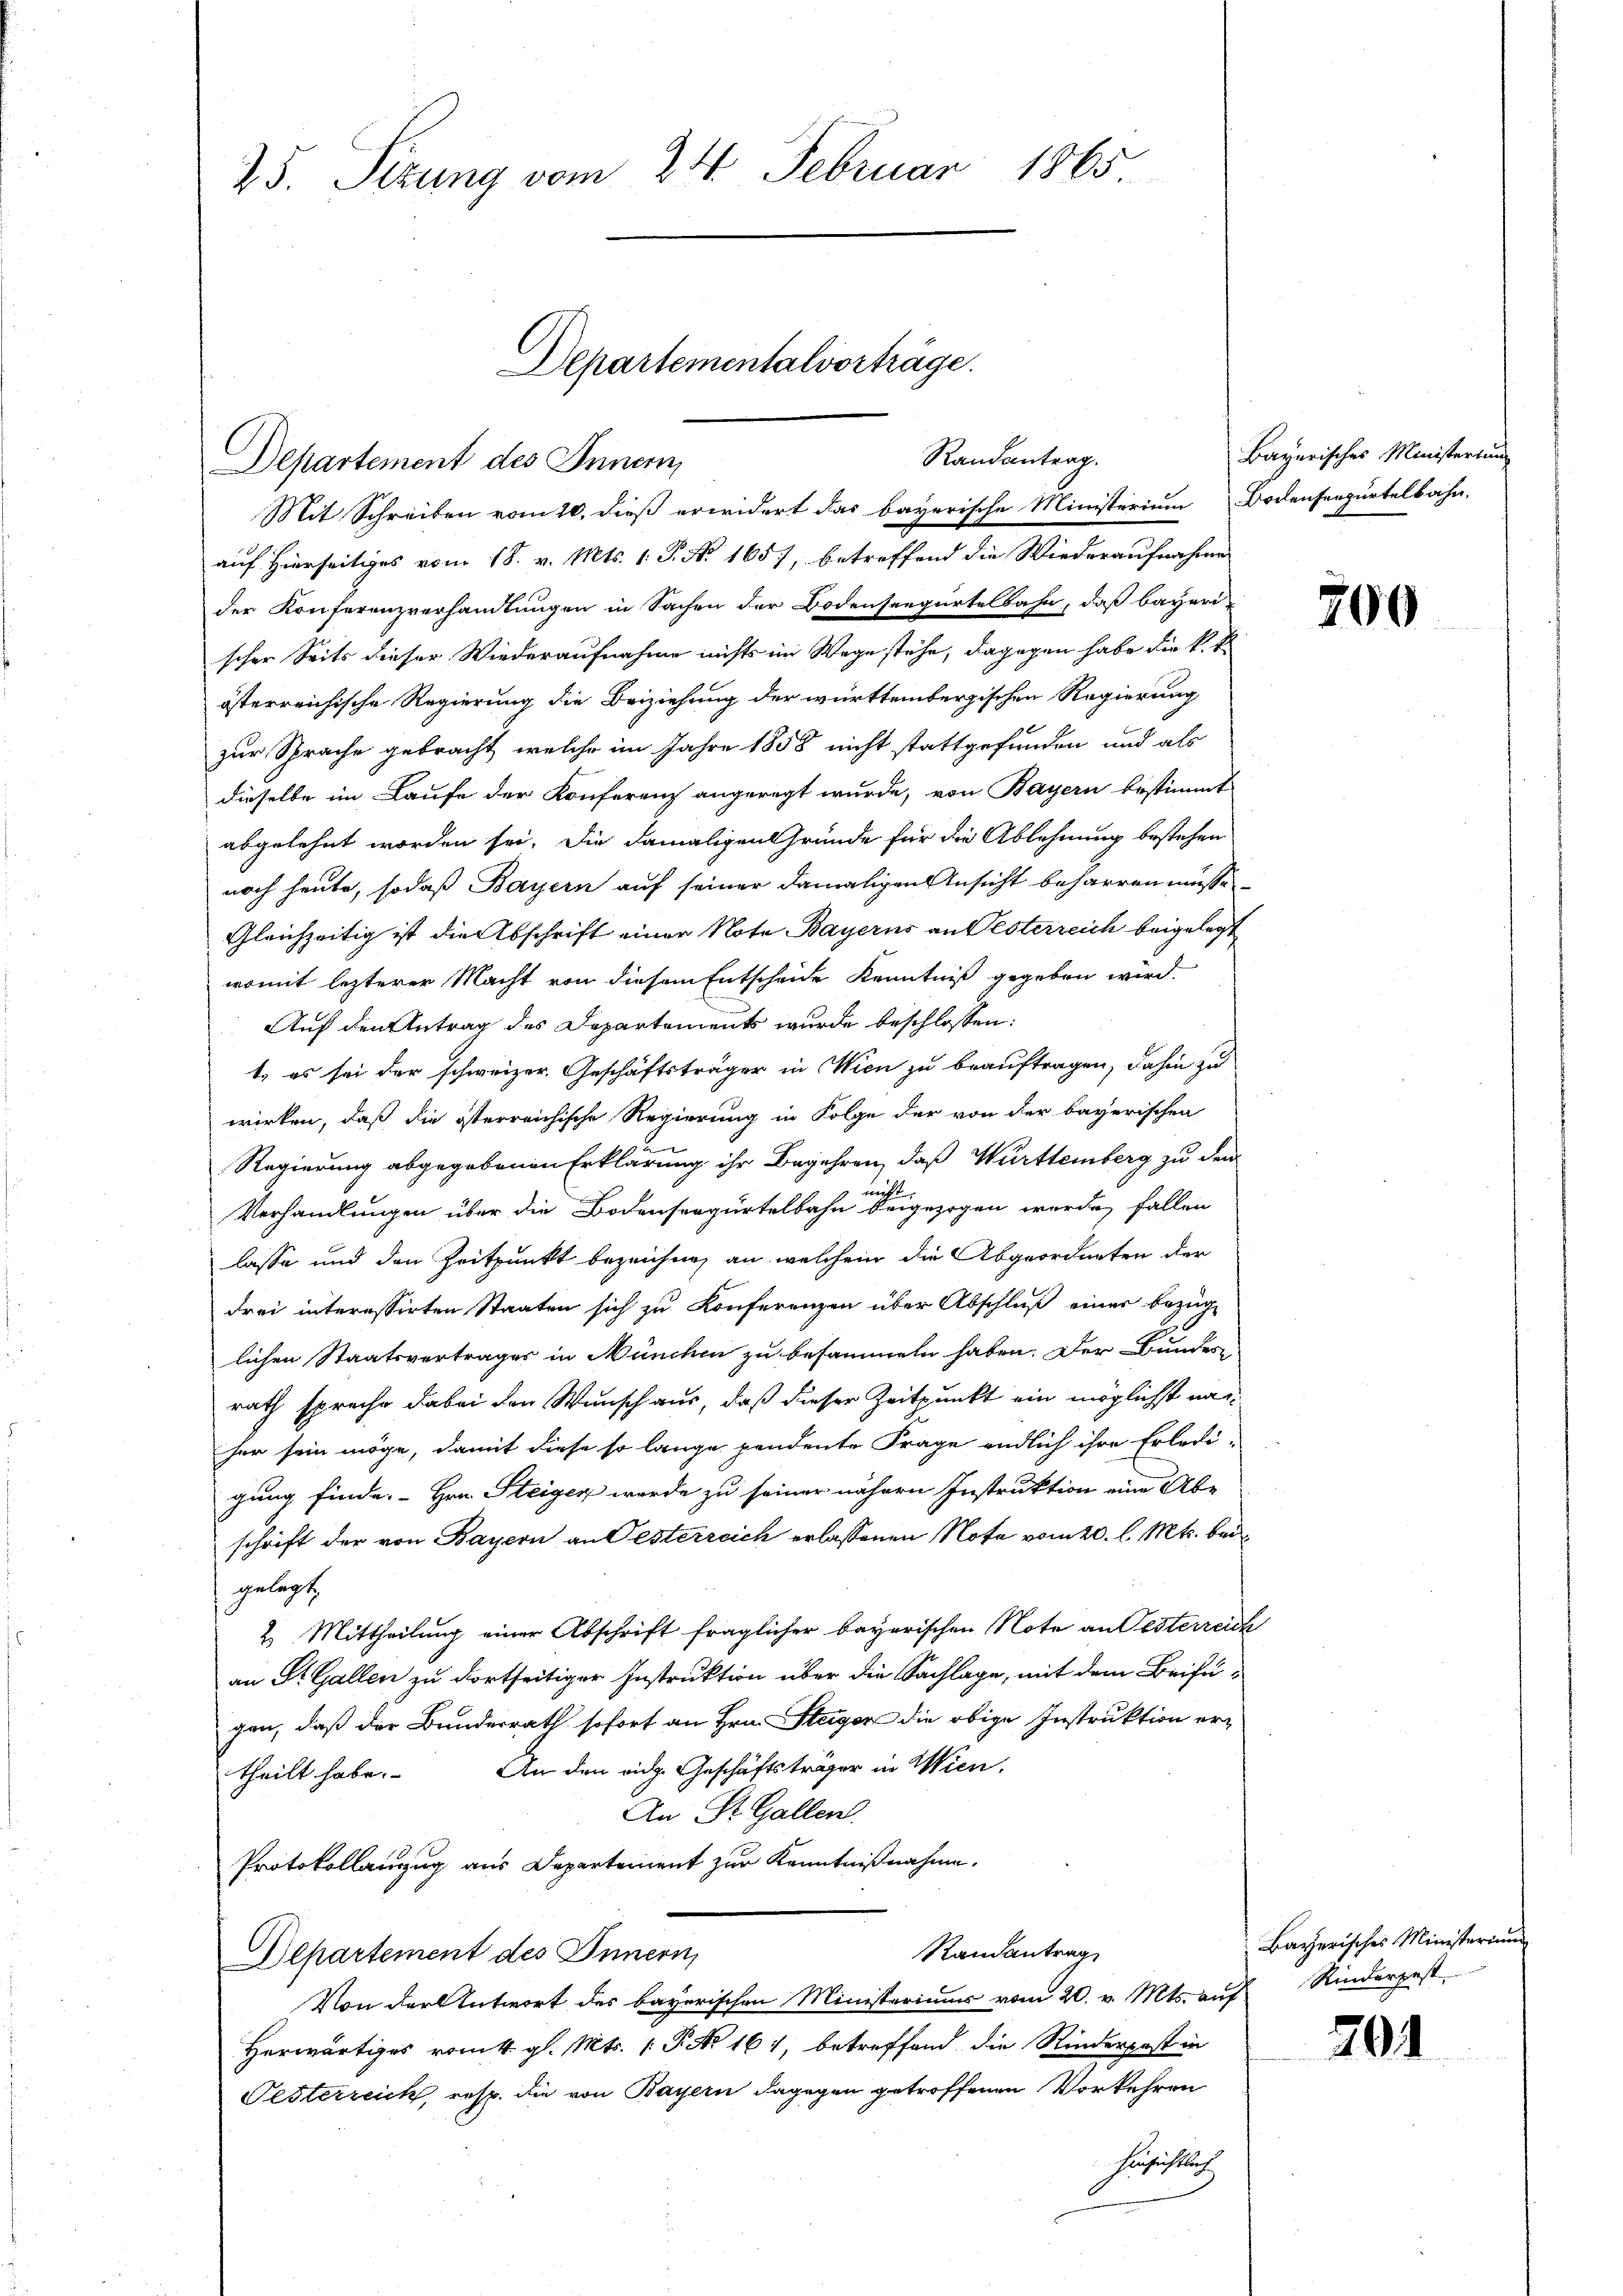
Departement des Innern,

25. Seizung vom 24. Februar 1865
Departementalverträge.

auf Hierseitiges vom 18. v. Mts. 1. P. Nr. 165), betreffend die Wiederaufnahme
der Konferenzverhandlungen in Sachen der Bodenseegürtelbahn, daß bayeri
scher Seits dieser Wiederaufnahme nichts im Wege stehe, dagegen habe die k. k.
österreichische Regierung die Beiziehung der württembergischen Regierung
zur Sprache gebracht, welche im Jahre 1858 nicht stattgefunden und als
dieselbe im Laufe der Konferenz angeregt wurde, von Bayern bestimmt
abgelehnt worden sei. Die damaligen Gründe für die Ablehnung bestehen
noch heute, sodaß Bayern auf seiner damaligen Ansicht beharren müsse
Gleichzeitig ist die Abschrift einer Note Bayerns an Pesterreich beigelegt
womit lezterer Macht von diesem Entscheide Kenntniß gegeben wird.
Auf den Antrag des Departements wurde beschlossen:
t, es sei der schweizer Geschäftsträger in Wien zu beauftragen, dahin zu
wirken, daß die österreichische Regierung in Folge der von der bayerischen
Regierung abgegebenen Erklärung ihr Begehren, daß Württemberg zu dem
Verhandlungen über die Bodensergürtelbahn beigezogen werde, fallen
lasse und den Zeitpunkt bezeichnen an, welchem die Abgeordneten der
drei interessirten Staaten sich zu Konferenzen über Abschluß einer bezüg-
lichen Staatsvertrages in München zu besammen haben. Der Bundes
rath spreche dabei den Wunsch aus, daß dieser Zeitpunkt ein möglichst nac
her sein möge, damit diese so lange pendente Frage endlich ihre Erledi-
gung finde. Hrn. Steiger wurde zu seiner nähern Instruktion eine Abe
schrift der von Bayern an Oesterreich erlassenen Note vom 20. l. Mts. beigelegt,
2.) Mittheilung einer Abschrift fraglicher bayerischen Note an Jesterreich
an St. Gallen zu dortseitiger Instruktion über die Sachlage, mit dem Beifügen, daß der Bundesrath sofort an Hrn. Steiger die obige Instruktion ertheilt habe. An den eidg. Geschäftsträger in Wien.
An St. Gallen.
Protokollanzug aus Departement zur Kenntnißnahme.
Randantrag
Departement des Innern,
Von der Antwort des bayerischen Ministeriums vom 20. v. Mts. auf Rinderpest
Herwärtiges vom k. gl. Mts. 1. P. Nr. 161, betreffend die Rinderpost in
Pesterreich, resp. die von Bayern dagegen getroffenen Vorkehren
hinsichtlich

Randantrag.
Mit Schreiben vom 20. dieß erwidert das bayerische Ministerium Bodenseepurtelbahn.

Bayerisches Ministertung

200

Bayerisches Ministerium

701